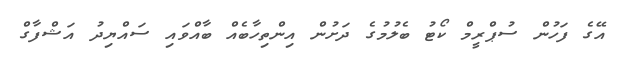
އޭގެ ފަހުން ސުޕްރީމް ކޯޓު ބެލުމުގެ ދަށުން އިންތިހާބެއް ބާއްވައި ސައްޔިދު އަޝްފާގް